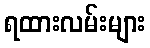
ရထားလမ်းများ